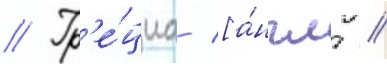
// Гр'е́циа [а́нгл. //